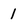
Character: 1